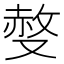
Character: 𠭷